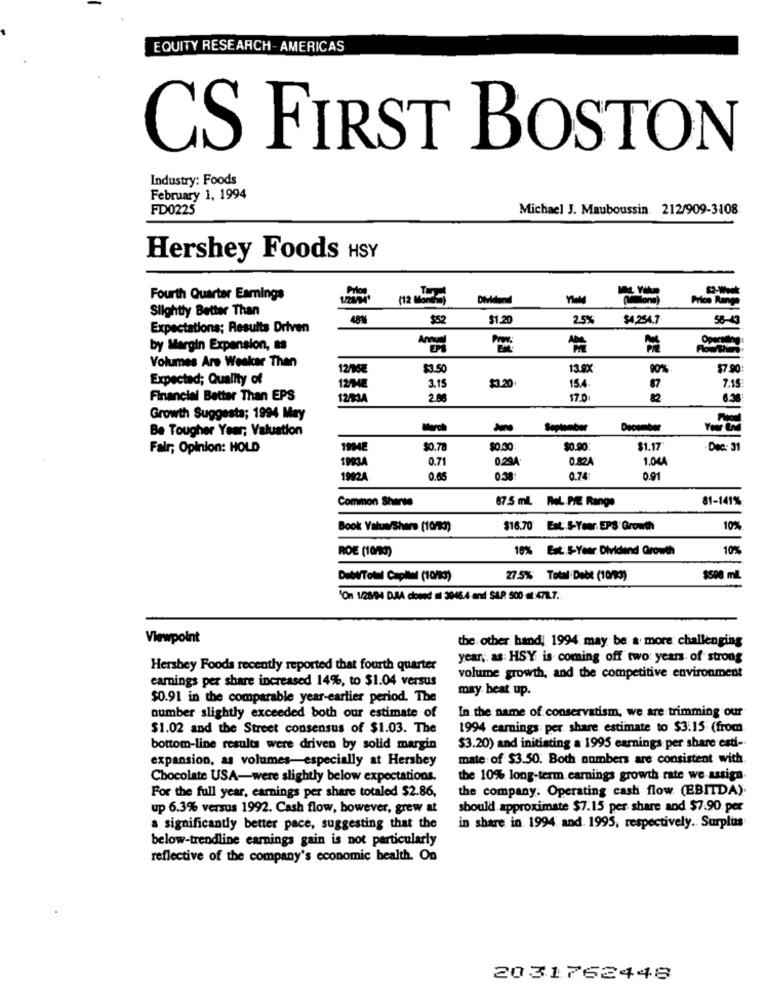
EQUITY RESEARCH- AMERICAS
CS FIRST BOSTON
Industry: Foods
February 1, 1994
FD0225
Michael J. Mauboussin. 212/909-3108
Hershey Foods HSY
Fourth Quarter Earnings
Dividend
Price Range
Slightly Better Than
48%
$52
$1.20
2.5%
$4,254.7
56-43
Expectations; Results Driven
by Margin Expansion, as
Anu
Volumes Are Weskar Then
$3.50
13.8X
90%
$7.90
Expected; Quality of
154
7.15
12/04E
3.15
$3.20.
87
Financial Better Than EPS
12/934
2.86
17.0
Growth Suggesta; 1994 May
Be Tougher Year; Valuation
-
Seplumber
December
Your ON
Fair; Opinion: HOLD
19948
$0.78
$0.30
$0.90
$1.17
Dec: 31
19934
0.71
0.294
0.824
1.044
1992A
0.65
0.38
0.74:
0.91
Common Shirts
87:5 ml. RoL.PIE Range
81-141%
Book Value/Share (10/93)
$16.70 Est .. S-Year. EPS: Growth
10%
ROE (10/3)
10% Est .. S-Year Dividend Growth
10%
DetTotal Capital (10/93)
27.5% Total Debt (10/3)
$500 ml
'On 1/28/04 DAA dowod il 3046.4 and S&P 500 + 472.7.
Viewpoint
the other hand, 1994 may be a more challenging
year, as: HSY is coming off two years of strong
Hershey Foods recently reported that fourth quarter
earnings per share increased 14%, to $1.04 versus
volume growth, and the competitive environment
may beat up.
$0.91 in the comparable year-earlier period. The
In the name of conservatism, we are trimming our
number slightly exceeded both our estimate of
$1.02 and the Street consensus of $1.03. The
1994 earnings per share estimate to $3:15 (from
bottom-line results were driven by solid margin
$3.20) and initiating a 1995 earnings per share esti-
expansion, as volumes-especially at Hershey
mate of $3.50. Both numbers are consistent with
Chocolate USA-were slightly below expectations.
the 10% long-term.earnings growth rate we assign
the company. Operating cash flow (EBITDA).
For the full year, earnings per share totaled $2.86,
up 6.3% versus 1992. Cash flow, however, grew at
should approximate $7.15 per share and $7.90 per
a significantly better pace, suggesting that the
in share in 1994 and. 1995, respectively. Surplus
below-trendline earnings gain is not particularly
reflective of the company's economic health. On
2031762448